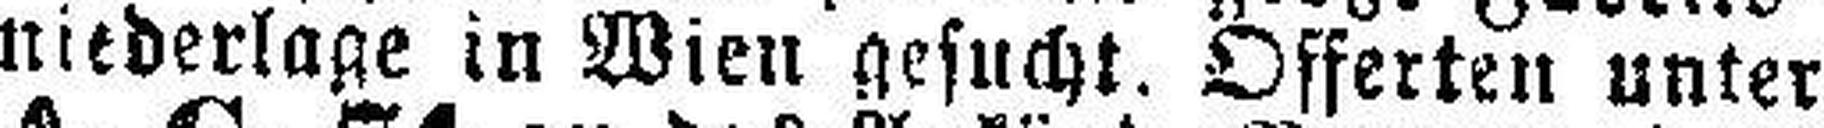
niederlage in Wien gesucht. Offerten unter